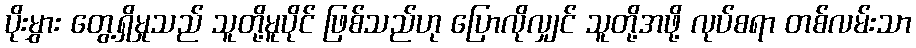
ပိုးမွှား တွေ့ရှိမှုသည် သူတို့မူပိုင် ဖြစ်သည်ဟု ပြောလိုလျှင် သူတို့အဖို့ လုပ်စရာ တစ်လမ်းသာ